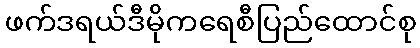
ဖက်ဒရယ်ဒီမိုကရေစီပြည်ထောင်စု